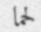
لحما